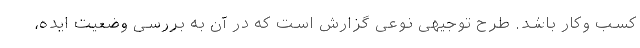
کسب وکار باشد. طرح توجیهی نوعی گزارش است که در آن به بررسی وضعیت ایده،